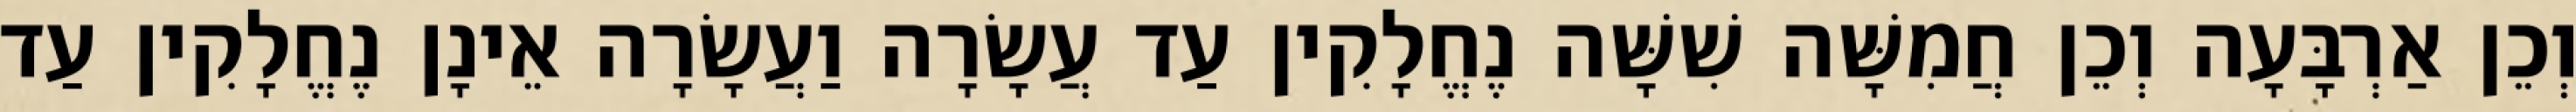
וְכֵן אַרְבָּעָה וְכֵן חֲמִשָּׁה שִׁשָּׁה נֶחֱלָקִין עַד עֲשָׂרָה וַעֲשָׂרָה אֵינָן נֶחֱלָקִין עַד